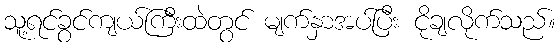
သူ့ရင်ခွင်ကျယ်ကြီးထဲတွင် မျက်နှာအပ်ပြီး ငိုချလိုက်သည်။